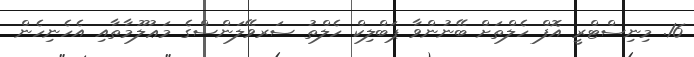
16. މިނިސްޓްރީ އޮފް ހެލްތަށް ބޭނުންވާ ޕަބްލިކް ހެލްތު ސަރވޭލަންސްގެ މަޢުލޫމާތާއި އެހެނިހެން